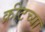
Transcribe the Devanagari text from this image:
क्रीटच्या